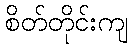
စိတ်တိုင်းကျ